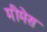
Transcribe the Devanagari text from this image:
मीमेस